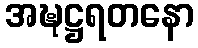
အဍ္ဎဋ္ဌရတနော